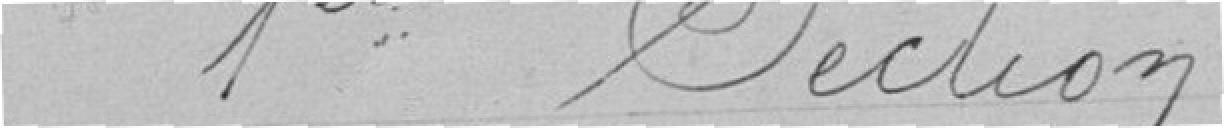
1ère section